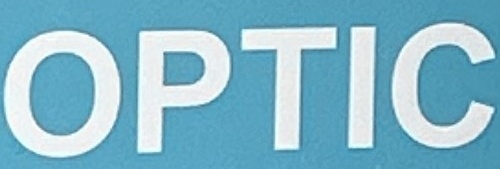
OPTIC